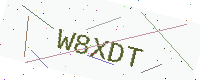
Text: W8XDT